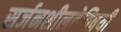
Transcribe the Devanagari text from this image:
सर्जनशीलतेविषयी